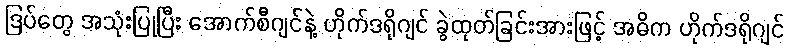
ဒြပ်တွေ အသုံးပြုပြီး အောက်စီဂျင်နဲ့ ဟိုက်ဒရိုဂျင် ခွဲထုတ်ခြင်းအားဖြင့် အဓိက ဟိုက်ဒရိုဂျင်